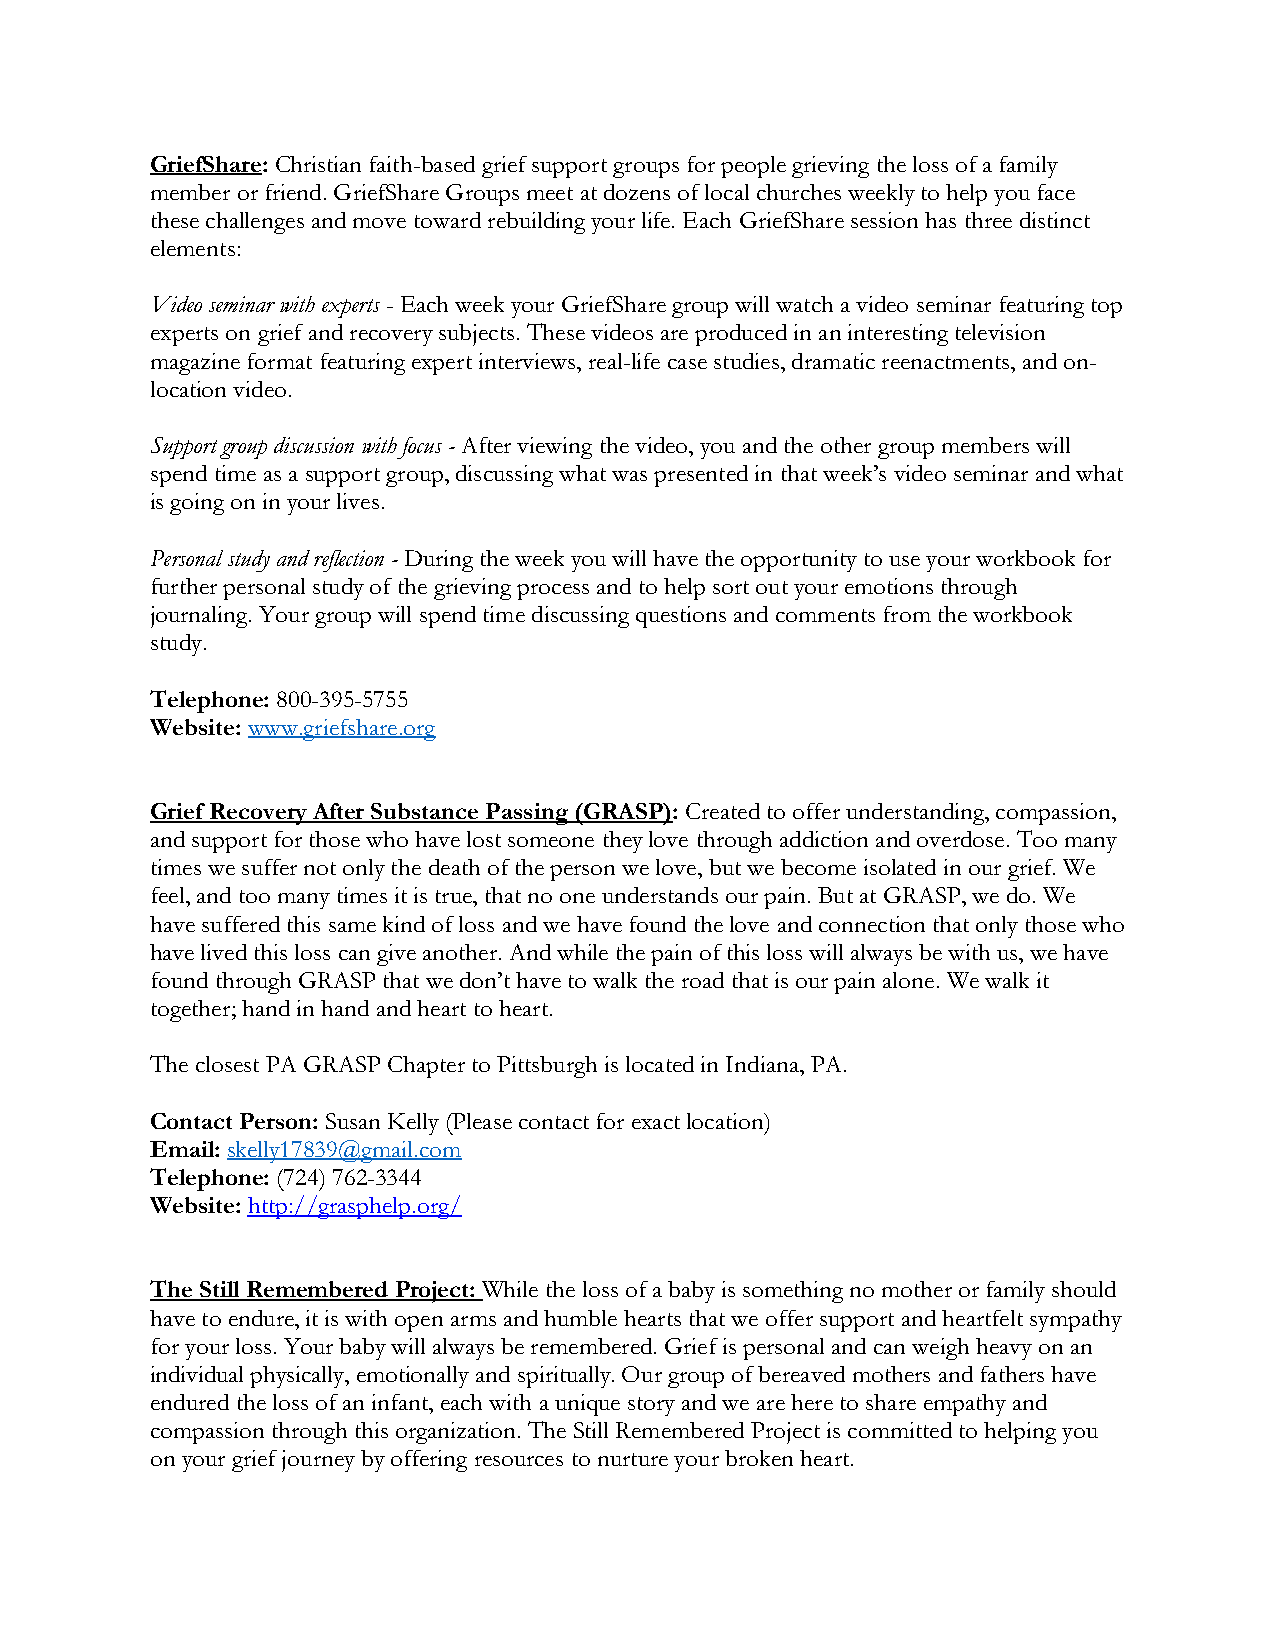
GriefShare: Christian faith-based grief support groups for people grieving the loss of a family
 member or friend. GriefShare Groups meet at dozens of local churches weekly to help you face
 these challenges and move toward rebuilding your life. Each GriefShare session has three distinct
 elements:
 Video seminar with experts - Each week your GriefShare group will watch a video seminar featuring top
 experts on grief and recovery subjects. These videos are produced in an interesting television
 magazine format featuring expert interviews, real-life case studies, dramatic reenactments, and on-
 location video.
 Support group discussion with focus - After viewing the video, you and the other group members will
 spend time as a support group, discussing what was presented in that week’s video seminar and what
 is going on in your lives.
 Personal study and reflection - During the week you will have the opportunity to use your workbook for
 further personal study of the grieving process and to help sort out your emotions through
 journaling. Your group will spend time discussing questions and comments from the workbook
 study.
 Telephone: 800-395-5755
 Website: www.griefshare.org
 Grief Recovery After Substance Passing (GRASP): Created to offer understanding, compassion,
 and support for those who have lost someone they love through addiction and overdose. Too many
 times we suffer not only the death of the person we love, but we become isolated in our grief. We
 feel, and too many times it is true, that no one understands our pain. But at GRASP, we do. We
 have suffered this same kind of loss and we have found the love and connection that only those who
 have lived this loss can give another. And while the pain of this loss will always be with us, we have
 found through GRASP that we don’t have to walk the road that is our pain alone. We walk it
 together; hand in hand and heart to heart.
 The closest PA GRASP Chapter to Pittsburgh is located in Indiana, PA.
 Contact Person: Susan Kelly (Please contact for exact location)
 Email: skelly17839@gmail.com
 Telephone: (724) 762-3344
 Website: http://grasphelp.org/
 The Still Remembered Project: While the loss of a baby is something no mother or family should
 have to endure, it is with open arms and humble hearts that we offer support and heartfelt sympathy
 for your loss. Your baby will always be remembered. Grief is personal and can weigh heavy on an
 individual physically, emotionally and spiritually. Our group of bereaved mothers and fathers have
 endured the loss of an infant, each with a unique story and we are here to share empathy and
 compassion through this organization. The Still Remembered Project is committed to helping you
 on your grief journey by offering resources to nurture your broken heart.